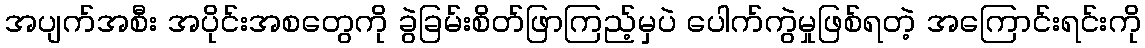
အပျက်အစီး အပိုင်းအစတွေကို ခွဲခြမ်းစိတ်ဖြာကြည့်မှပဲ ပေါက်ကွဲမှုဖြစ်ရတဲ့ အကြောင်းရင်းကို